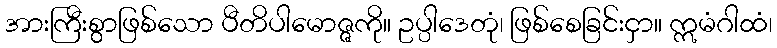
အားကြီးစွာဖြစ်သော ပီတိပါမောဇ္ဇကို။ ဥပ္ပါဒေတုံ၊ ဖြစ်စေခြင်းငှာ။ ဣမံဂါထံ၊